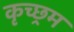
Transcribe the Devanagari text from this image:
कृच्छ्रम